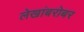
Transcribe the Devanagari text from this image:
लेखांबरोबर